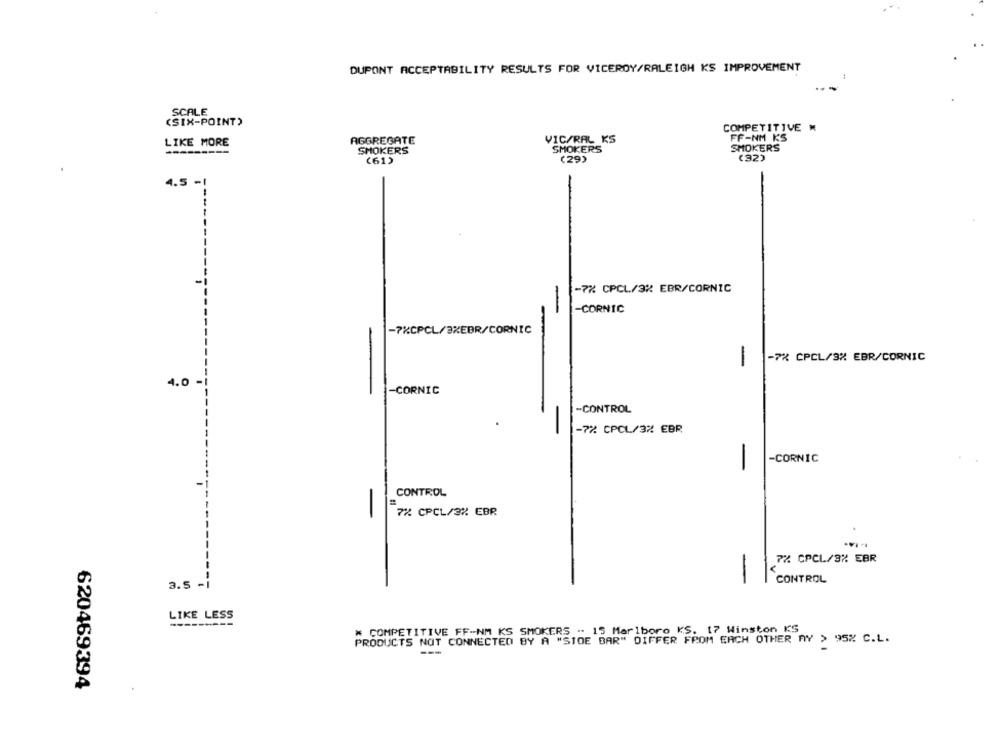
DUPONT ACCEPTABILITY RESULTS FOR VICEROY/RALEIGH KS IMPROVEMENT
SCALE
(SIX-POINT)
COMPETITIVE
LIKE MORE
AGGREGATE
VIC/RAL KS
FF-NM KS
------
SMOKERS
SMOKERS
SMOKERS
(32)
(61)
(29)
-7% CPCL/3% EBR/CORNIC
-CORNIC
-7%CPCL/3%EBR/CORNIC
-
-7% CPCL/3% EBR/CORNIC
-
4.0
-CORNIC
-CONTROL
-7% CPCL/3% EBR
-CORNIC
-
CONTROL
-
2X CPCL/32 EBR
7% CPCL/3% EBR
3.5 -
-
CONTROL
LIKE LESS
--------
# COMPETITIVE FF-NM KS SMOKERS - 15 Marlboro KS. 17 Winston KS
PRODUCTS NOT CONNECTED BY A "STOE BAR" DIFFER FROM EACH OTHER AY > 95% C.L.
620469394